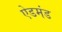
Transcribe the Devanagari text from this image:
ऐडमंड